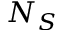
N _ { S }